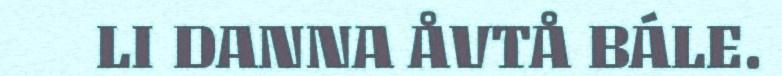
LI DANNA ÅVTÅ BÁLE.